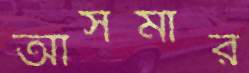
আসমার